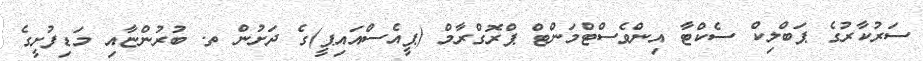
ސަރުކާރުގެ ޕަބްލިކް ސެކްޓާ އިންވެސްޓްމަންޓް ޕްރޮގްރާމް (ޕީއެސްއައިޕީ)ގެ ދަށުން ތ. ބުރުންޏާއި މަޑިފުށީގެ